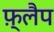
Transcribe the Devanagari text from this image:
फ़्लैप